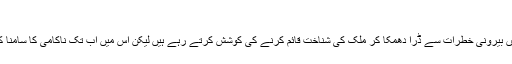
‘
حکمران ہمیں بیرونی خطرات سے ڈرا دھمکا کر ملک کی شناخت قائم کرنے کی کوشش کرتے رہے ہیں لیکن اس میں اب تک ناکامی کا سامنا کرنا پڑا ہے۔